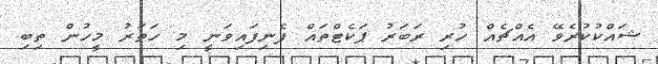
ޝައްކުކުރެވޭ އެއްޗެއް ހުރި ރަބަރު ޕަކެޓްތައް ފެނިފައިވަނީ މި ހަތަރު މީހުން ތިބި